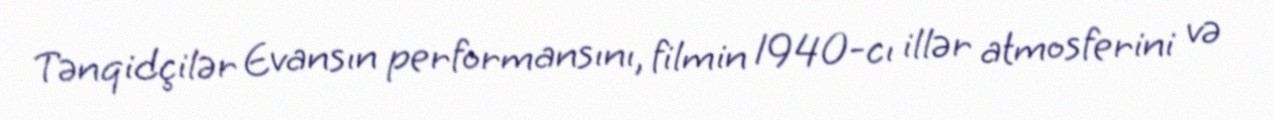
Tənqidçilər Evansın performansını, filmin 1940-cı illər atmosferini və